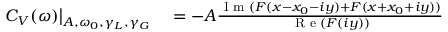
\begin{array} { r l } { \left. C _ { V } ( \omega ) \right\vert _ { A , \omega _ { 0 } , \gamma _ { L } , \gamma _ { G } } } & { { } = - A \frac { \textrm { I m } ( F ( x - x _ { 0 } - i y ) + F ( x + x _ { 0 } + i y ) ) } { \textrm { R e } ( F ( i y ) ) } } \end{array}